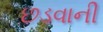
છડવાની